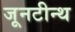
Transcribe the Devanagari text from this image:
जूनटीन्थ